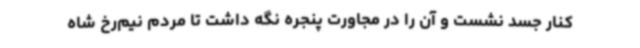
کنار جسد نشست و آن را در مجاورت پنجره نگه داشت تا مردم نیم‌رخ شاه